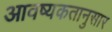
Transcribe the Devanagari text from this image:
आवष्यकतानुसार